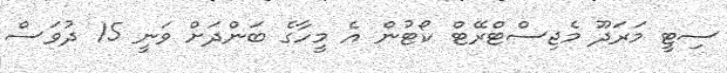
ސިޓީ މަރަދޫ މެޖިސްޓްރޭޓް ކޯޓުން އެ މީހާގެ ބަންދަށް ވަނީ 15 ދުވަސް